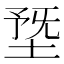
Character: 𡍳